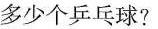
多少个乒乓球?